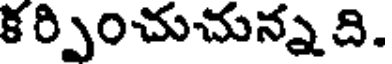
క ర్పించుచున్న ది.